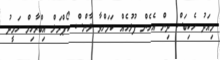
މިއަދު ހެކިބަސް ދިން އެހެން ފުލުހެއް ކަމަށްވާ ލާންސް ކޯޕްރަލް އިބްރާހިމް ހަމީދު